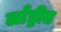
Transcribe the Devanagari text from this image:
लाँड्रीत